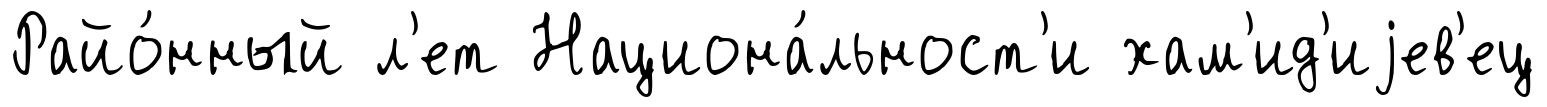
Райо́нный л'ет Национа́льност'и хам'ид'иjев'ец